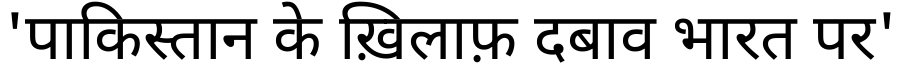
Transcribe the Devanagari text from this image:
'पाकिस्तान के ख़िलाफ़ दबाव भारत पर'